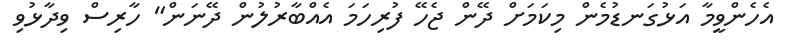
އެހެންވީމާ އަޅުގަނޑުމެން މިކަމަށް ދޭން ޖެހޭ ފުރިހަމަ އެއްބާރުލުން ދޭނަން" ހާރިސް ވިދާޅުވި